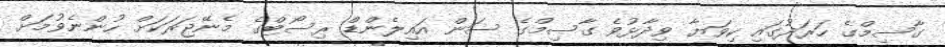
ގާސިމްގެ ހަރަދުގައި ކިވަޔާ ވިދާޅުވެ ގާސިމްގެ ސަން އައިލެންޑް ރިސޯޓްގެ މެނޭޖަރަކަށް ހުންނެވުމަށް